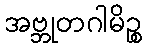
အဗ္ဘုတဂါမိဉ္စ